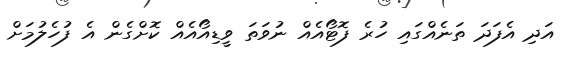
އަދި އެފަދަ ތަނެއްގައި ހުރެ ފޮޓޯއެއް ނުވަތަ ވީޑިއޯއެއް ކޮށްގެން އެ ފުހެލުމަށް